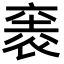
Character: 𮖋